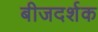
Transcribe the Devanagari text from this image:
बीजदर्शक